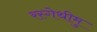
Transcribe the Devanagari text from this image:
रस्गेथीमु